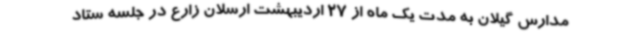
مدارس گیلان به مدت یک ماه از 27 اردیبهشت ارسلان زارع در جلسه ستاد